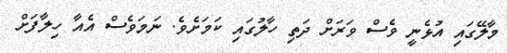
މާލޭގައި އުޅެނީ ވެސް ވަރަށް ދަތި ހާލުގައި ކަމަށެވެ. ނަމަވެސް އެއާ ހިލާފަށް